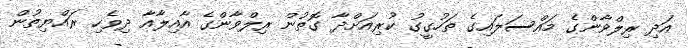
އަދި ރިލްވާންގެ މައްސަލައިގެ ތަހުގީގު ކުރިއަށްދާ ގޮތުން ރިލްވާންގެ އާއިލާއާ ދިވެހި ރައްޔިތުން